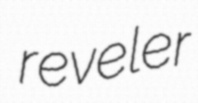
reveler